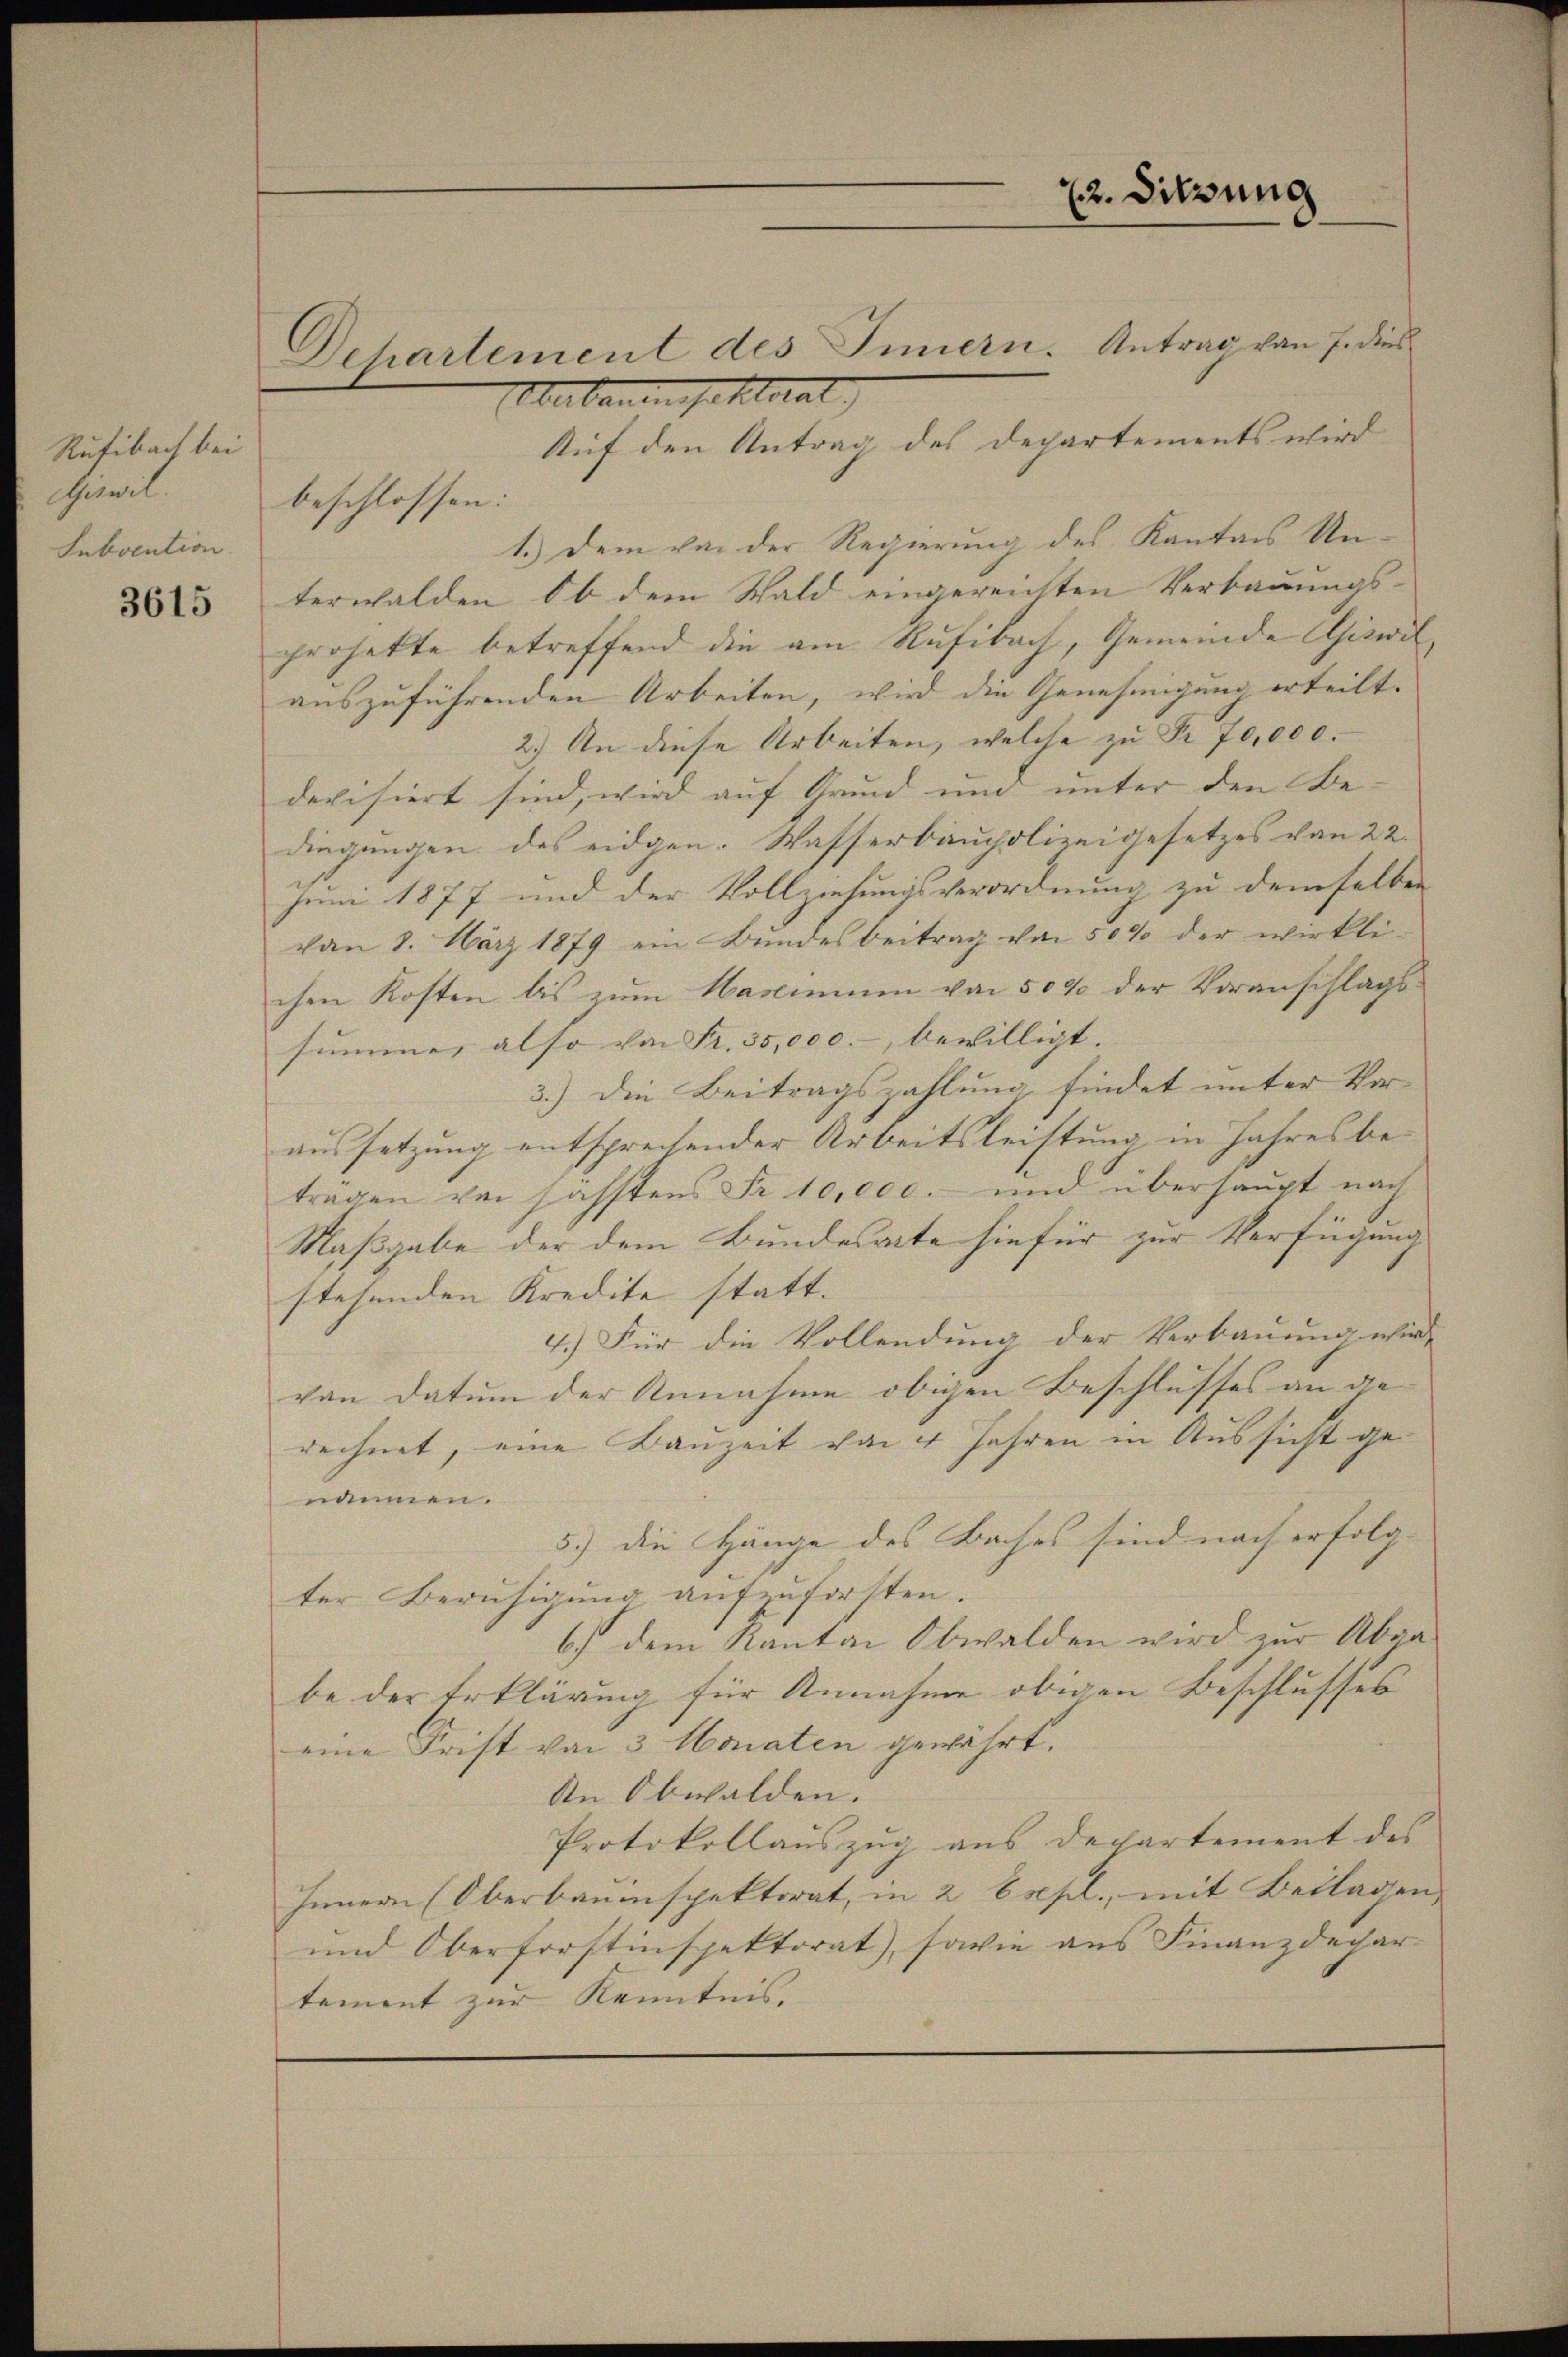
Rufibach bei
Simil.
Subvention

3615

Abebauenspektorat
Auf den Antrag des Departements wird
beschlossen:
1.) Dem von der Regierung des Kantons Unterwalden, ob dem Wald eingereichten Verbauungs-
projekte betreffend die am Rufibach, Gemeinde Aiswil
auszuführenden Arbeiten, wird die Genehmigung erteilt.
2.) An diese Arbeiten, welche zu Fr. 70,000.
devisiert sind, wird auf Grund und unter den Be-
dingungen des eidgen. Wasserbaupolizeigesetzes von 22.
Juni 1877 und der Vollziehungsverordnung zu demselben
von 8. März 1879 ein Bŭndesbeitrag im 50% der wirkli-
chen Kosten bis zum Masium von 500 der Voranschlags-
summe, also von Fr. 35,000.- bewilligt. |
3.) Die Beitragszahlung findet unter Voraussetzung entsprechender Arbeitsleistung in Jahresbe-
tragen von sahstens Fr. 10,000.- und überhaupt nach
Maßgabe der dem Bundesacte hiefür zur Verfügung
stehenden Kredite statt.
4.) Für die Vollendung der Verbauung wird. |
von Datum der Annahme obigen Beschlusses an ge-
rechnet, eine Bauzeit von 4 Jahren in Aussicht genommen.
5.) die Hänge des Baches sind nach erfolg-
ter Beruhigung aufzuforsten.
6.) dem Kanton Obwalden wird zur Abra
be der Erklärung für Annahme obigen Beschlusses
eine Frist von 3 Monaten gewährt.
An Obwalden.
Protokollauszug aus Departement des
Innern (Oberbauinspektorat, in 2 Expl., mit Beilagen
und Oberforstinspektorat, sowie aus Finanzdechar
tement zur Kenntnis. |

Dehartement des Innern. Antrag von 7. dies

22. Sitzung